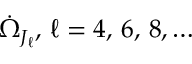
\dot { \Omega } _ { J _ { \ell } } , \, \ell = 4 , \, 6 , \, 8 , \ldots